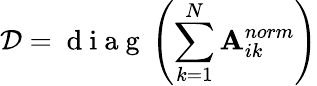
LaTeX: \mathcal{D}=\mathrm{~d~i~a~g~}\left(\sum_{k=1}^{N}\mathbf{A}_{ik}^{norm}\right)